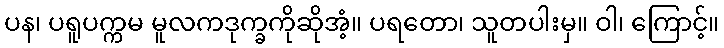
ပန၊ ပရူပက္ကမ မူလကဒုက္ခကိုဆိုအံ့။ ပရတော၊ သူတပါးမှ။ ဝါ၊ ကြောင့်။